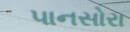
પાનસોરા